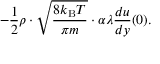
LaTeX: - { \frac { 1 } { 2 } } \rho \cdot { \sqrt { \frac { 8 k _ { \mathrm { B } } T } { \pi m } } } \cdot \alpha \lambda { \frac { d u } { d y } } ( 0 ) .